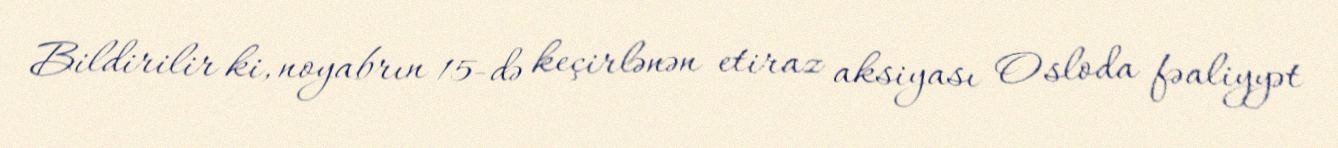
Bildirilir ki, noyabrın 15-də keçirlənən etiraz aksiyası Osloda fəaliyyət